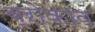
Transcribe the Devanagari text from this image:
ब्रोकाव